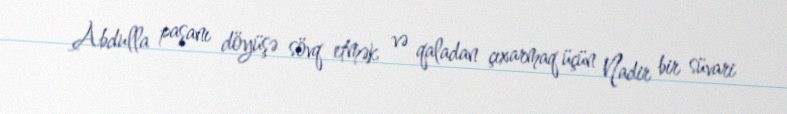
Abdulla paşanı döyüşə sövq etmək və qaladan çıxarmaq üçün Nadir bir süvari